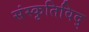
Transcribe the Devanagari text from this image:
संस्कृतिविद्